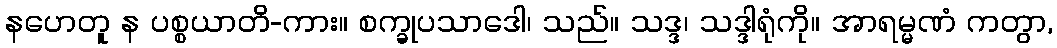
နဟေတူ န ပစ္စယာတိ-ကား။ စက္ခုပသာဒေါ၊ သည်။ သဒ္ဒ၊ သဒ္ဒါရုံကို။ အာရမ္မဏံ ကတွာ,